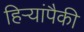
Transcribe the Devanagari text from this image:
हिर्‍यांपैकी